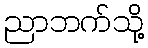
ညာဘက်သို့